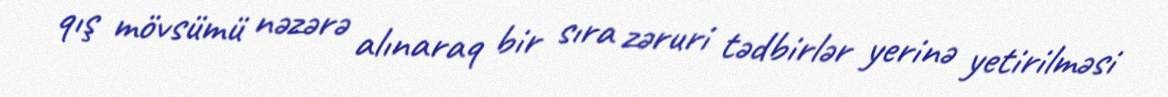
qış mövsümü nəzərə alınaraq bir sıra zəruri tədbirlər yerinə yetirilməsi